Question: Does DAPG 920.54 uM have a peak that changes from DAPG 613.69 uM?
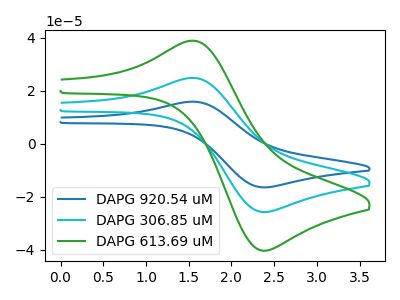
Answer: <think>The blue curve "DAPG 920.54 uM" has an anodic peak at (1.60V, 49.60uA) and a cathodic peak at (2.35V, -51.65uA). The cyan curve "DAPG 306.85 uM" has an anodic peak at (1.60V, 24.80uA) and a cathodic peak at (2.35V, -25.80uA). The green curve "DAPG 613.69 uM" has an anodic peak at (1.60V, 38.85uA) and a cathodic peak at (2.35V, -40.40uA).
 All the peaks in "DAPG 920.54 uM" have a peak in "DAPG 613.69 uM" at the same potential. Every peak in "DAPG 920.54 uM" is higher than every peak in "DAPG 613.69 uM".</think>
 <answer>No, "DAPG 920.54 uM" and "DAPG 613.69 uM" don't appear to be significantly different in shape</answer>
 <eval>no_change</eval>